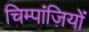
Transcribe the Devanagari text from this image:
चिम्पांज़ियों